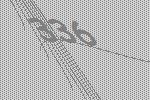
336